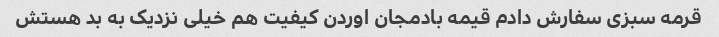
قرمه سبزی سفارش دادم قیمه بادمجان اوردن کیفیت هم خیلی نزدیک به بد هستش